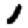
Digit: 1